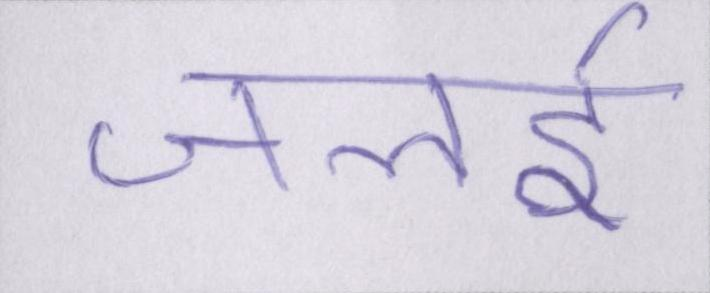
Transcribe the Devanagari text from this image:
जलाई